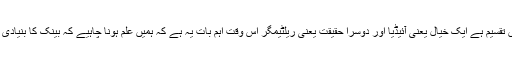
سودسے پاک بینکنگ کی تاریخ بھی دو حصوں میں تقسیم ہے ایک خیال یعنی آئیڈیا اور دوسرا حقیقت یعنی ریلٹیمگر اس وقت اہم بات یہ ہے کہ ہمیں علم ہونا چاہیے کہ بینک کا بنیادی تصور کیا ہے اور اس کا اسلام میں کیا تصور ہے۔